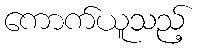
ကောက်ယူသည့်